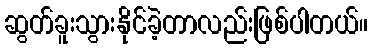
ဆွတ်ခူးသွားနိုင်ခဲ့တာလည်းဖြစ်ပါတယ်။